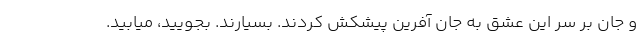
و جان بر سر این عشق به جان آفرین پیشکش کردند. بسیارند. بجویید، میابید.